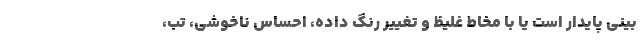
بینی پایدار است یا با مخاط غلیظ و تغییر رنگ داده، احساس ناخوشی، تب،